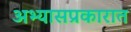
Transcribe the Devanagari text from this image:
अभ्यासप्रकारात